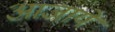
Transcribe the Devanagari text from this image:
आजाये